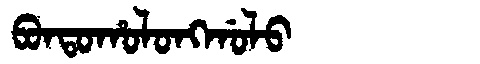
Manchu: ᠪᠣᠨᡨᠣᡥᠣᠯᠣᠩᡤᠣᠯᠣ
Romanization: BONTOHOLONGGOLO